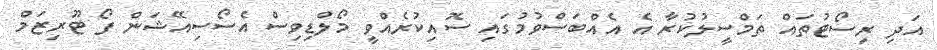
އަދި ރިސޯޓުތައް ތަމްސީލުކުރާ އެ އެއްބަސްވުމުގައި ސޮއިކުރެއްވީ މޯލްޑިވިސް އެސޯސިއޭޝަން ފޯ ޓޫރިޒަމް